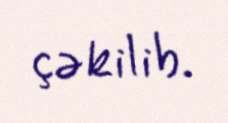
çəkilib.